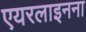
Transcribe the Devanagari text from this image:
एयरलाइनना